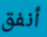
أنفق